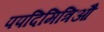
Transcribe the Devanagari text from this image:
पपदिमित्रिऔ